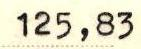
125,83